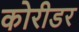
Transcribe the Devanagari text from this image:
कोरीडर